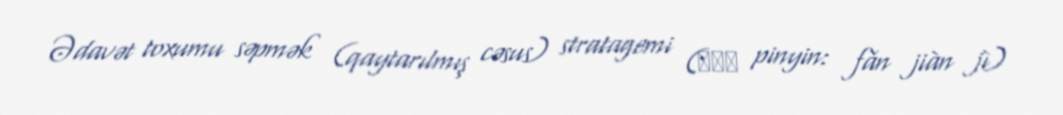
Ədavət toxumu səpmək (qaytarılmış cəsus) stratagemi (反間計 pinyin: fǎn jiàn jì)